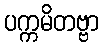
ပက္ကမိတဗ္ဗာ